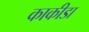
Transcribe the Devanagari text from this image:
काकीडा